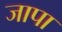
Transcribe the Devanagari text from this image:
जापा